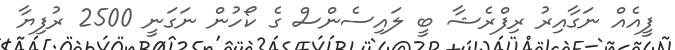
ފީއެއް ނަގާއިރު ރިފްރެޝާ ބީ ލައިސެންސް ގެ ކޯހުން ނަގަނީ 2500 ރުފިޔާ